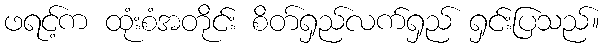
ဖရင့်က ထုံးစံအတိုင်း စိတ်ရှည်လက်ရှည် ရှင်းပြသည်။